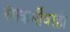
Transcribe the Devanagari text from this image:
रंगकर्मींवरही